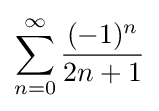
\sum _{n=0}^{\infty }{\frac {(-1)^{n}}{2n+1}}